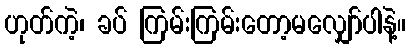
ဟုတ်ကဲ့၊ ခပ် ကြမ်းကြမ်းတော့မလျှော်ပါနဲ့။